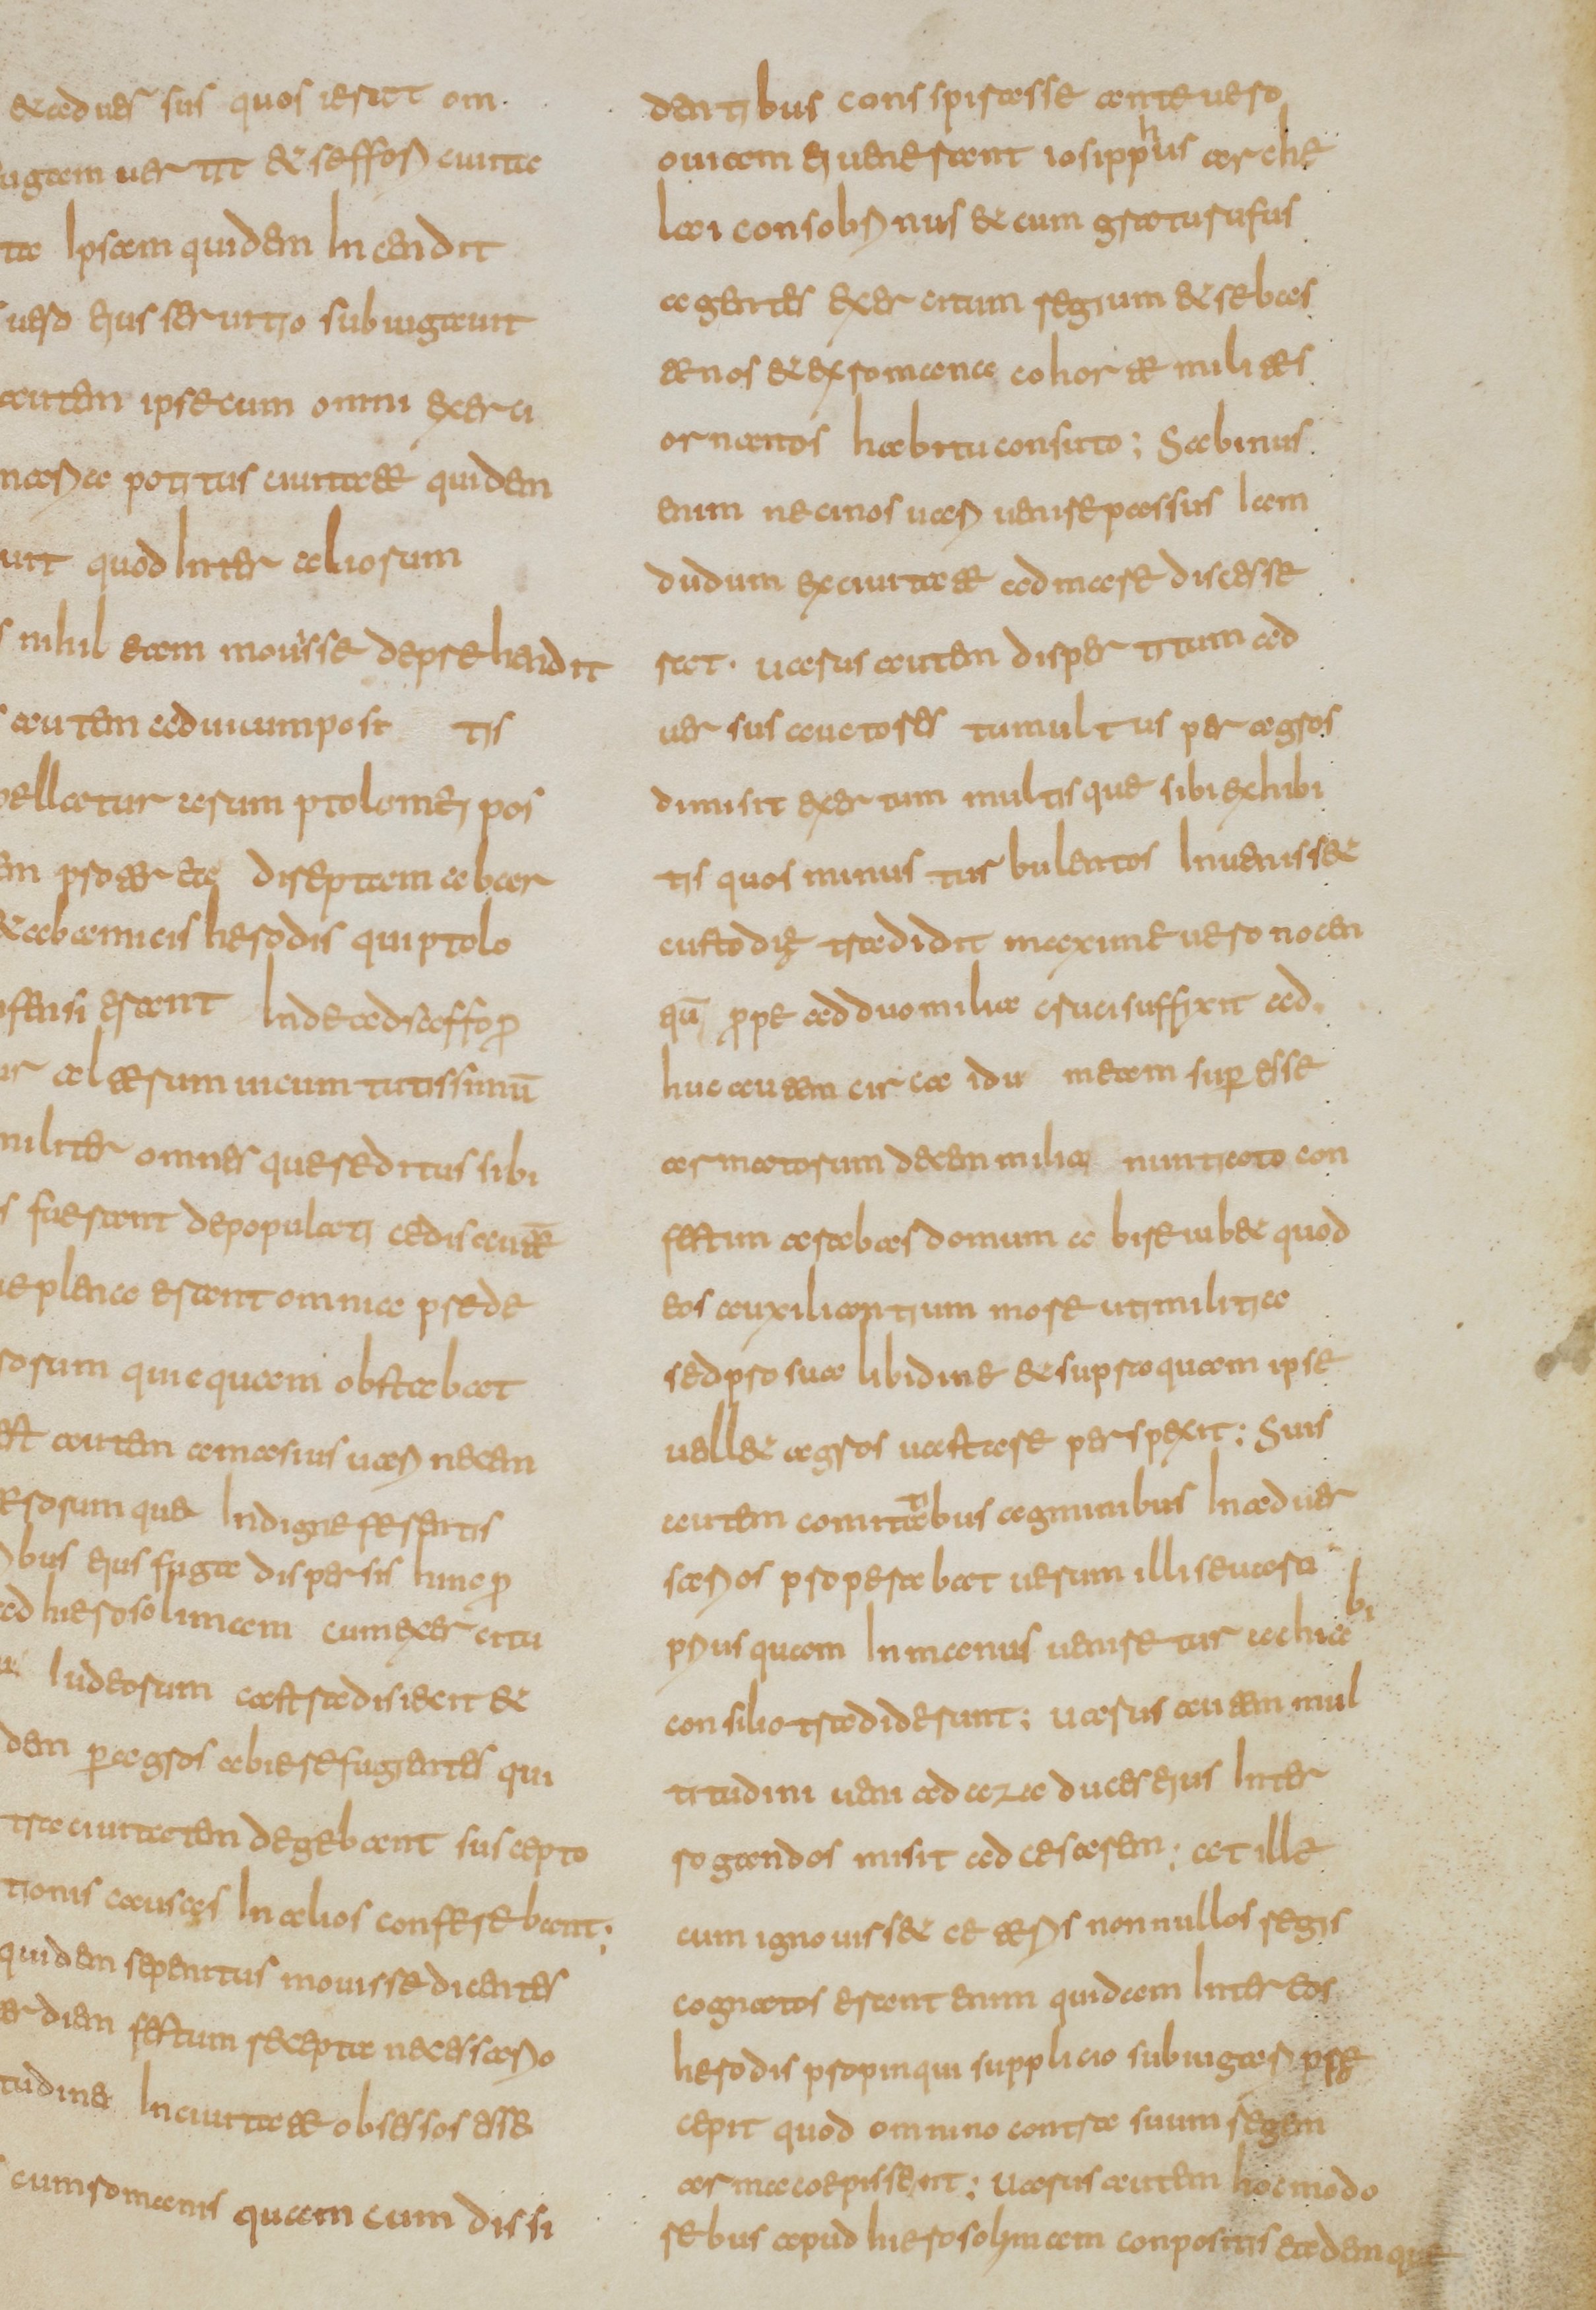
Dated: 800–849